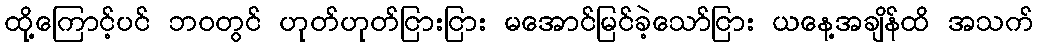
ထို့ကြောင့်ပင် ဘဝတွင် ဟုတ်ဟုတ်ငြားငြား မအောင်မြင်ခဲ့သော်ငြား ယနေ့အချိန်ထိ အသက်